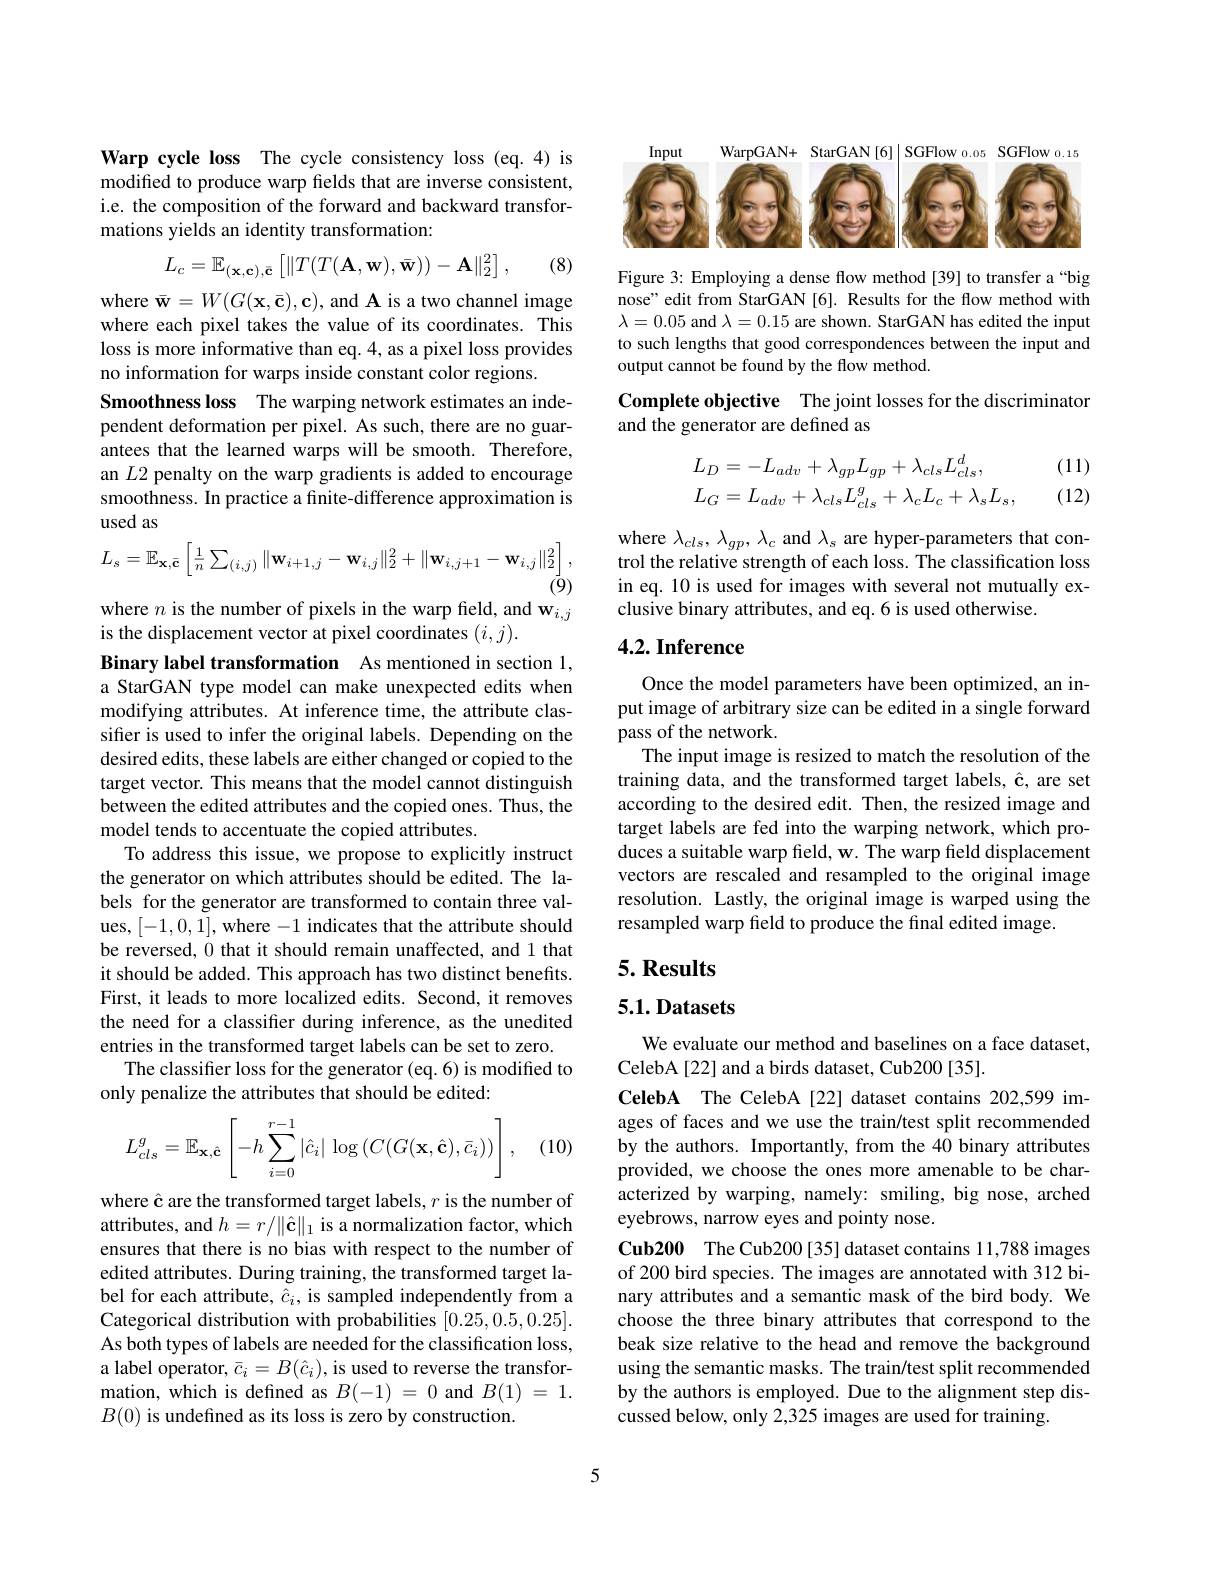
Warp cycle loss The cycle consistency loss (eq.4) is modified to produce warp fields that are inverse consistent, i.e. the composition of the forward and backward transformations yields an identity transformation:
$$L_c=\mathbb{E}_{(\mathbf{x},\mathbf{c}),\bar{\mathbf{c}}}\left[\|T(T(\mathbf{A},\mathbf{w}),\bar{\mathbf{w}}))-\mathbf{A}\|_2^2\right],$$
(8)

where $\bar{\mathbf{w}}=W(G(\mathbf{x},\bar{\mathbf{c}}),\mathbf{c})$, and A is a two channel image where each pixel takes the value of its coordinates. This loss is more informative than eq. 4, as a pixel loss provides no information for warps inside constant color regions.
Smoothness loss The warping network estimates an independent deformation per pixel. As such, there are no guarantees that the learned warps will be smooth. Therefore, an $L2$ penalty on the warp gradients is added to encourage smoothness. In practice a finite-difference approximation is used as
$$L_s=\mathbb{E}_{\mathbf{x},\bar{\mathbf{c}}}\left[\frac{1}{n}\sum_{(i,j)}\|\mathbf{w}_{i+1,j}-\mathbf{w}_{i,j}\|_2^2+\|\mathbf{w}_{i,j+1}-\mathbf{w}_{i,j}\|_2^2\right],$$
where $n$ is the number of pixels in the warp field, and $\mathbf{w}_{i,j}$
is the displacement vector at pixel coordinates $(i,j).$
Binary label transformation As mentioned in section 1, a StarGAN type model can make unexpected edits when modifying attributes. At inference time, the attribute classifer is used to infer the original labels. Depending on the desired edits, these labels are either changed or copied to the target vector. This means that the model cannot distinguish between the edited attributes and the copied ones. Thus, the model tends to accentuate the copied attributes.
To address this issue, we propose to explicitly instruct the generator on which attributes should be edited. The labels for the generator are transformed to contain three values, [-1,0,1], where -1 indicates that the attribute should be reversed, 0 that it should remain unaffected, and 1 that it should be added. This approach has two distinct benefits. First, it leads to more localized edits. Second, it removes the need for a classifier during inference, as the unedited entries in the transformed target labels can be set to zero.
The classifier loss for the generator (eq.6) is modified to
only penalize the attributes that should be edited:

(10)
$$L_{cls}^{g}=\mathbb{E}_{\mathbf{x},\hat{\mathbf{c}}}\left[-h\sum_{i=0}^{r-1}|\hat{c}_{i}|\:\log\left(C(G(\mathbf{x},\hat{\mathbf{c}}),\bar{c}_{i}))\right],\right.$$
where ê are the transformed target labels, $r$ is the number of attributes, and $h=r/\|\hat{\mathbf{c}}\|_1$ is a normalization factor, which ensures that there is no bias with respect to the number of edited attributes. During training, the transformed target label for each attribute, $\hat{c}_i$, is sampled independently from a Categorical distribution with probabilities [0.25,0.5,0.25]. As both types of labels are needed for the classification loss, a label operator, $\bar{c}_i=B(\hat{c}_i)$, is used to reverse the transformation, which is defined as $B(-1)=0$ and $B(1)=1.$ $B(0)$ is undefined as its loss is zero by construction.

<FigureHere>

Figure 3: Employing a dense flow method [39] to transfer a “big nose" edit from StarGAN[6]. Results for the flow method with $\lambda=0.05$ and $\lambda=0.15$ are shown. StarGAN has edited the input to such lengths that good correspondences between the input and output cannot be found by the flow method

Complete objective The joint losses for the discriminator
and the generator are defined as

(11)
$$\begin{aligned}&L_{D}=-L_{adv}+\lambda_{gp}L_{gp}+\lambda_{cls}L_{cls}^{d},\\&L_{G}=L_{adv}+\lambda_{cls}L_{cls}^{g}+\lambda_{c}L_{c}+\lambda_{s}L_{s},\end{aligned}$$
(12)

where $\lambda_{cls},\lambda_{gp},\lambda_{c}$ and $\lambda_s$ are hyper-parameters that control the relative strength of each loss. The classification loss in eq. 10 is used for images with several not mutually exclusive binary attributes, and eq. 6 is used otherwise.

# 4.2. Inference

Once the model parameters have been optimized, an input image of arbitrary size can be edited in a single forward pass of the network.
The input image is resized to match the resolution of the training data, and the transformed target labels, $\hat{\mathbf{c}}$, are set according to the desired edit. Then, the resized image and target labels are fed into the warping network, which produces a suitable warp field, w. The warp field displacement vectors are rescaled and resampled to the original image resolution. Lastly, the original image is warped using the resampled warp field to produce the final edited image

### $5. \textbf{Results}$

# 5.1. Datasets

We evaluate our method and baselines on a face dataset,
CelebA[22] and a birds dataset, Cub200[35].
CelebA The CelebA[22] dataset contains 202,599 images of faces and we use the train/test split recommended by the authors. Importantly, from the 40 binary attributes provided, we choose the ones more amenable to be characterized by warping, namely: smiling, big nose, arched eyebrows, narrow eyes and pointy nose.
Cub200 The Cub200[35] dataset contains 11,788 images of 200 bird species. The images are annotated with 312 binary attributes and a semantic mask of the bird body. We choose the three binary attributes that correspond to the beak size relative to the head and remove the background using the semantic masks. The train/test split recommended by the authors is employed. Due to the alignment step discussed below, only 2,325 images are used for training.

5